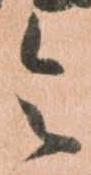
令